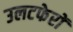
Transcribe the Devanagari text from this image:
उलटफेरों